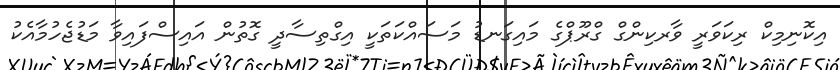
އިކޮނިމިކް ރިކަވަރީ ވާރކިންގް ގްރޫޕްގެ މައިގަނޑު މަސައްކަތަކީ އިގްތިސާދީ ގޮތުން އައިސްފައިވާ މަޑުޖެހުމާއެކު